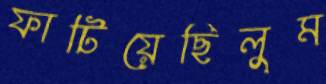
ফাটিয়েছিলুম